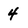
Character: 4